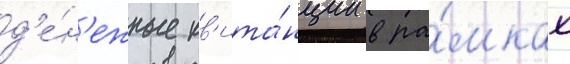
д'е́н'ежные кв'ита́нции в ра́мках